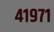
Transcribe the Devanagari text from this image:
४१९७१